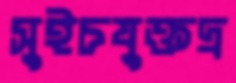
সুইচযুক্তদ্র